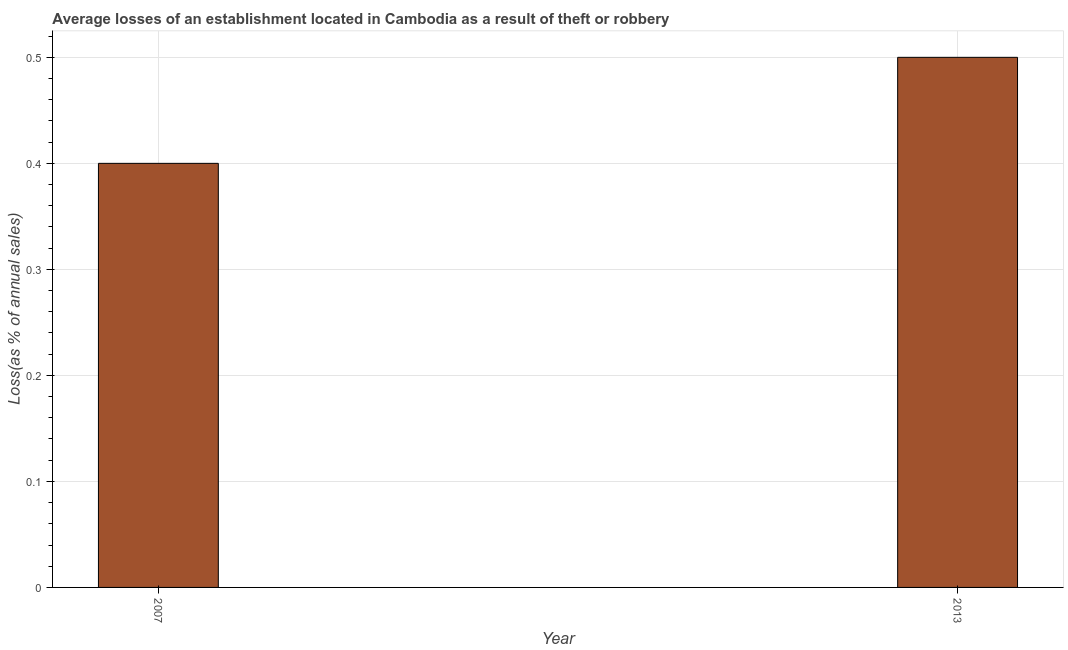
| Year | Losses due to theft |
 | --- | --- |
 | 2007 | 0.4 |
 | 2013 | 0.5 |